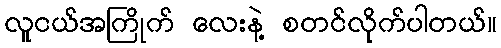
လူငယ်အကြိုက် လေးနဲ့ စတင်လိုက်ပါတယ်။